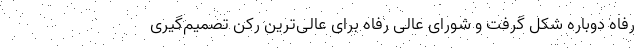
رفاه دوباره شکل گرفت و شورای عالی رفاه برای عالی‌ترین رکن تصمیم‌گیری